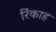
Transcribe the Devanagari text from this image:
रिंकाह